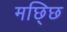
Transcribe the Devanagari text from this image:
मछ्छि